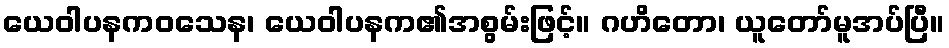
ယေဝါပနကဝသေန၊ ယေဝါပနက၏အစွမ်းဖြင့်။ ဂဟိတော၊ ယူတော်မူအပ်ပြီ။